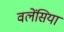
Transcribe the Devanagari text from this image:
वलेंसिया